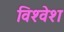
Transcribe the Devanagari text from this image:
विश्‍वेश